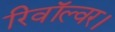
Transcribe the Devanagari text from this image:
रिवॉल्वर।